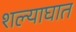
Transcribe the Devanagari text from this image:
शल्याघात